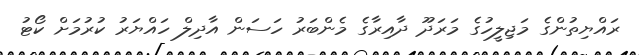
ރައްޔިތުންގެ މަޖިލީހުގެ މަރަދޫ ދާއިރާގެ މެންބަރު ހަސަން އާދިލް ހައްޔަރު ކުރުމަށް ކޯޓު